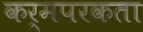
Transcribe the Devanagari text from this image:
कर्मपरकता